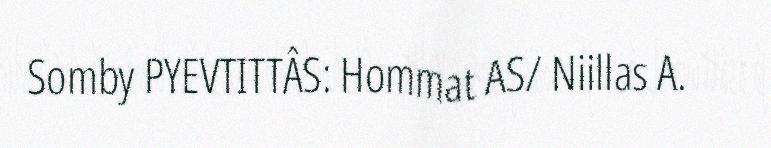
Somby PYEVTITTÂS: Hommat AS/ Niillas A.